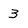
Character: 3